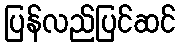
ပြန်လည်ပြင်ဆင်